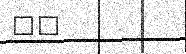
٨٠